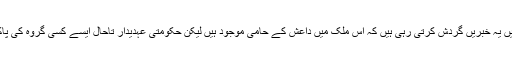
حالیہ مہینوں میں پاکستان میں بھی ذرائع ابلاغ میں یہ خبریں گردش کرتی رہی ہیں کہ اس ملک میں داعش کے حامی موجود ہیں لیکن حکومتی عہدیدار تاحال ایسے کسی گروہ کی پاکستان میں موجودگی سے انکار کرتے آرہے ہیں۔